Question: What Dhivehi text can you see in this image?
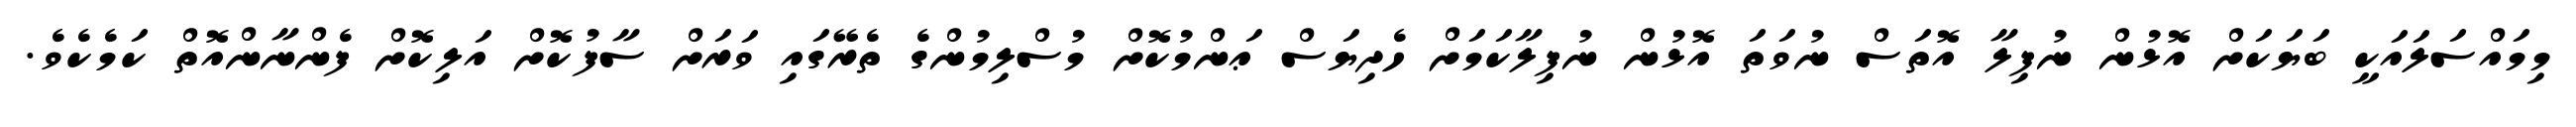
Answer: މިމައްސަލައަކީ ބަޔަކަށް އޮޅުން ނުފިލާ އޮތަސް ނުވަތަ އޮޅުން ނުފިލާކަމަށް ހެދިޔަސް ޢަންމުކޮށް މުސްލިމުންގެ ތެރޭގައި ވަރަށް ސާފުކޮށް އަލިކޮށް ފެންނާންއޮތް ކަމެކެވެ.